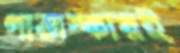
গাভাস্কারই